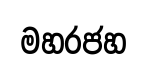
මහරජහ